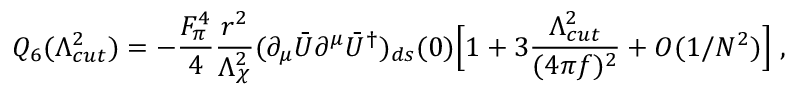
Q _ { 6 } ( \Lambda _ { c u t } ^ { 2 } ) = - \frac { F _ { \pi } ^ { 4 } } { 4 } \frac { r ^ { 2 } } { \Lambda _ { \chi } ^ { 2 } } ( \partial _ { \mu } \bar { U } \partial ^ { \mu } \bar { U } ^ { \dagger } ) _ { d s } ( 0 ) \Big [ 1 + 3 \frac { \Lambda _ { c u t } ^ { 2 } } { ( 4 \pi f ) ^ { 2 } } + { \cal O } ( 1 / N ^ { 2 } ) \Big ] \; ,